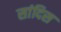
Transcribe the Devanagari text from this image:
सांदिस